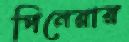
পিনেরার